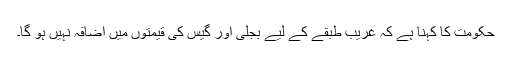
حکومت کا کہنا ہے کہ غریب طبقے کے لیے بجلی اور گیس کی قیمتوں میں اضافہ نہیں ہو گا۔